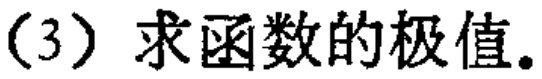
(3) 求函数的极值。